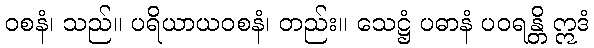
ဝစနံ၊ သည်။ ပရိယာယဝစနံ၊ တည်း။ သေဋ္ဌံ ပဓာနံ ပဝရန္တိ ဣဒံ